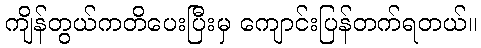
ကျိန်တွယ်ကတိပေးပြီးမှ ကျောင်းပြန်တက်ရတယ်။